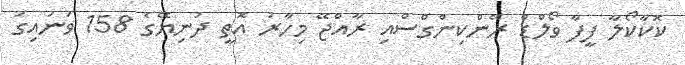
ކޮކާކޯލާ ފީފާ ވޯލްޑް ރޭންކިންގްސްއި ރާއްޖޭ މިހާރު އޮތީ ދުނިޔޭގެ 158 ވަނައިގަ